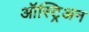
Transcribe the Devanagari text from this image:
ऑस्ट्रिअन